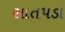
સાતપડા